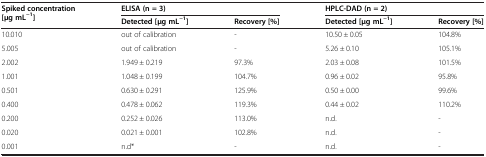
<table><thead><tr><td rowspan="2"><b>Spiked concentration [μg mL<sup>−1</sup>]</b></td><td colspan="2"><b>ELISA (n = 3)</b></td><td colspan="2"><b>HPLC-DAD (n = 2)</b></td></tr><tr><td><b>Detected [μg mL<sup>−1</sup>]</b></td><td><b>Recovery [%]</b></td><td><b>Detected [μg mL<sup>−1</sup>]</b></td><td><b>Recovery [%]</b></td></tr></thead><tbody><tr><td>10.010</td><td>out of calibration</td><td>-</td><td>10.50 ± 0.05</td><td>104.8%</td></tr><tr><td>5.005</td><td>out of calibration</td><td>-</td><td>5.26 ± 0.10</td><td>105.1%</td></tr><tr><td>2.002</td><td>1.949 ± 0.219</td><td>97.3%</td><td>2.03 ± 0.08</td><td>101.5%</td></tr><tr><td>1.001</td><td>1.048 ± 0.199</td><td>104.7%</td><td>0.96 ± 0.02</td><td>95.8%</td></tr><tr><td>0.501</td><td>0.630 ± 0.291</td><td>125.9%</td><td>0.50 ± 0.00</td><td>99.6%</td></tr><tr><td>0.400</td><td>0.478 ± 0.062</td><td>119.3%</td><td>0.44 ± 0.02</td><td>110.2%</td></tr><tr><td>0.200</td><td>0.252 ± 0.026</td><td>113.0%</td><td>n.d.</td><td>-</td></tr><tr><td>0.020</td><td>0.021 ± 0.001</td><td>102.8%</td><td>n.d.</td><td>-</td></tr><tr><td>0.001</td><td>n.d*</td><td>-</td><td>n.d.</td><td>-</td></tr></tbody></table>